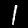
Label: 1